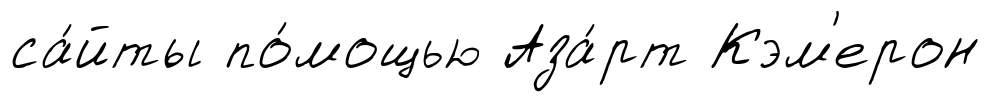
са́йты по́мощью Аза́рт Кэм'ерон